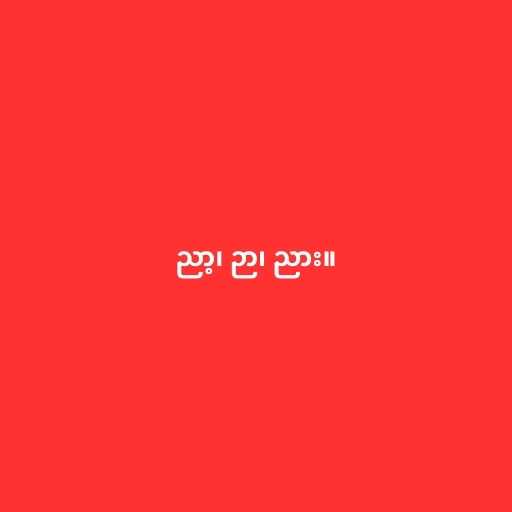
ညာ့၊ ဉာ၊ ညား။